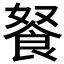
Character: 𲋖